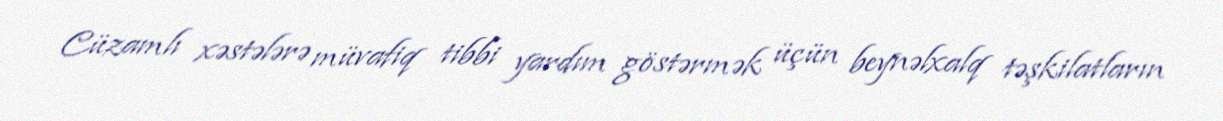
Cüzamlı xəstələrə müvafiq tibbi yardım göstərmək üçün beynəlxalq təşkilatların